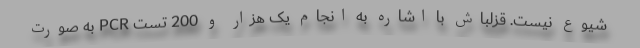
شیوع نیست. قزلباش با اشاره به انجام یک هزار و 200 تست PCR به صورت